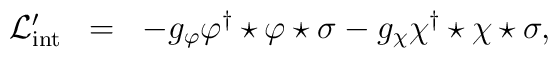
\begin{array}{rcl}{\cal L}_{\rm int}^{\prime}&=&-g_{\varphi}\varphi^{\dagger}\star\varphi\star\sigma-g_{\chi}\chi^{\dagger}\star\chi\star\sigma, \end{array}